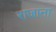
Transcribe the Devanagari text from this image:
राजाना